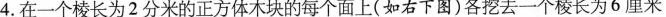
4.在一个棱长为2分米的正方体木块的每个面上(如右下图)各挖去一个棱长为6厘米